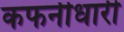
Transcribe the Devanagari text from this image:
कफनीधारी